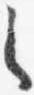
之